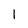
Character: 1